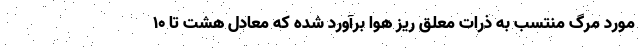
مورد مرگ منتسب به ذرات معلق ریز هوا برآورد شده که معادل هشت تا ۱۰